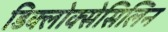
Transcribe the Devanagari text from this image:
डिक्लोक्सेसिलिन